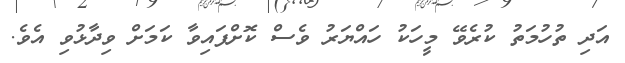
އަދި ތުހުމަތު ކުރެވޭ މީހަކު ހައްޔަރު ވެސް ކޮށްފައިވާ ކަމަށް ވިދާޅުވި އެވެ.